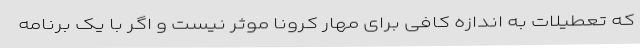
که تعطیلات به اندازه کافی برای مهار کرونا موثر نیست و اگر با یک برنامه